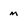
Character: m